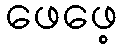
ဖေဖေ့